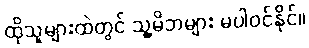
ထိုသူများထဲတွင် သူ့မိဘများ မပါဝင်နိုင်။